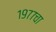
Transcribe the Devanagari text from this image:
१९७७चा